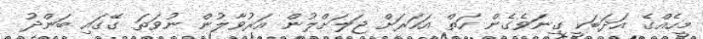
މީހެއްގެ އަދަބަކީ ގިނަވެގެން ހަތް އަހަރަށް ޖަލަށްލުން އަރުވާލުން ނުވަތަ ގޭގައި ބަންދު